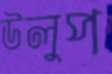
উলুপ